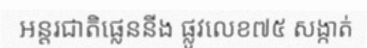
អន្តរជាតិផ្លេននីង ផ្លូវលេខ៧៥ សង្កាត់